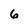
Character: 6